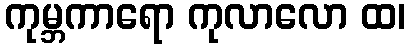
ကုမ္ဘကာရော ကုလာလော ထ၊